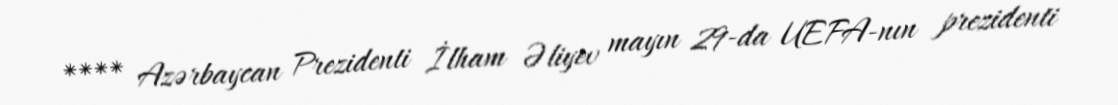
**** Azərbaycan Prezidenti İlham Əliyev mayın 29-da UEFA-nın prezidenti